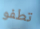
تطفو